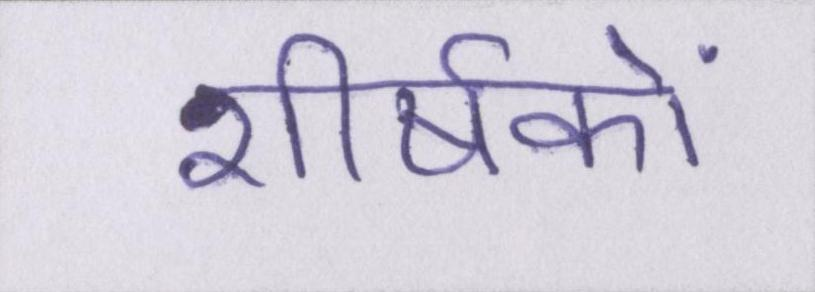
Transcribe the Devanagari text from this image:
शीर्षकों